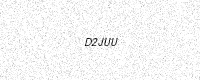
Text: D2JUU